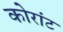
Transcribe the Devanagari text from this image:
कोरांट